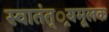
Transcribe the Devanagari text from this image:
स्वातंत््रयमूलक